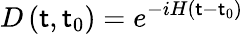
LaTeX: D\left(\mathsf{t},\mathsf{t}_{0}\right)=e^{-iH(\mathsf{t}-\mathsf{t}_{0})}